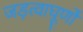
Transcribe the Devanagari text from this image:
जड़त्वाघूर्णों